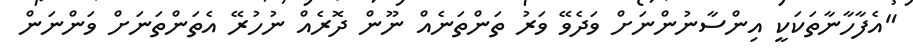
"އެފާހާނާތަކަކީ އިންސާނުންނަށް ވަދެވޭ ވަރު ތަންތަނެއް ނޫން ދޮރެއް ނުހުރޭ އެތަންތަނަށް ވަންނަން